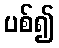
ပစ်၍